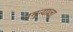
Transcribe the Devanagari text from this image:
नमुन्याला